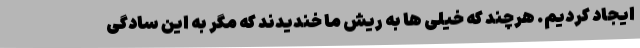
ایجاد کردیم. هرچند که خیلی ها به ریش ما خندیدند که مگر به این سادگی